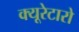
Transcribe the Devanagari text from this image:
क्यूरेटारो